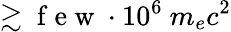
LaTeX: \gtrsim\mathrm{~f~e~w~}\cdot 10^{6}~m_{e}c^{2}